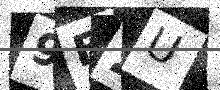
Text: 9F2U